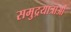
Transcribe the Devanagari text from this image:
समुद्रयात्राओं